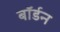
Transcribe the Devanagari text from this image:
बॉर्डन